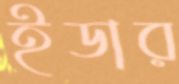
ইডার